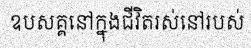
ឧបសគ្គនៅក្នុងជីវិតរស់នៅរបស់